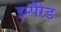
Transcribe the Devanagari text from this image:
इम्पैरेड